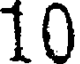
10